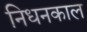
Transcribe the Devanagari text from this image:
निधनकाल